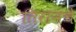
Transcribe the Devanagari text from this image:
तिरानचे